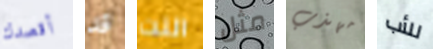
أقصدك قد النت مثل مهذب للأب